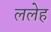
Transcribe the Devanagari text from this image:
ललेह